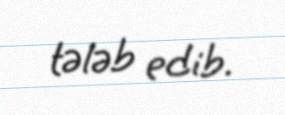
tələb edib.